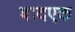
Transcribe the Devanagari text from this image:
बादएक